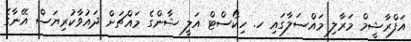
އަފްރާޝީމް މަރާލި މައްސަލާގައި ހ. ހިިކޯސްޓް އަލީ ޝާންގެ މައްޗަށް ދައުވާކުރިޔަސް އޭނާގެ